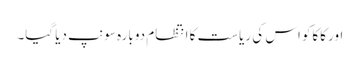
اور کاکاکو اس کی ریاست کا انتظام دوبارہ سونپ دیا گیا۔